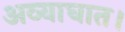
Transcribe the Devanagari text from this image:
अव्याघात।